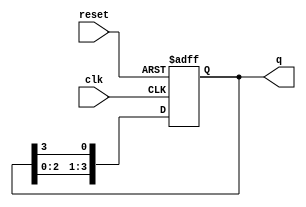
module ring_counter (
    input wire clk,        // Clock input
    input wire reset,      // Reset input
    output reg [3:0] q     // 4-bit output representing the state of the ring counter
);

// Always block triggered on the rising edge of the clock or the reset signal
always @(posedge clk or posedge reset) begin
    if (reset) begin
        // Initialize the counter on reset: Set the first flip-flop to '1' and others to '0'
        q <= 4'b0001; // Initial state: (1, 0, 0, 0)
    end else begin
        // Shift the '1' through the counter
        q <= {q[2:0], q[3]}; // Shift left and wrap around
    end
end

endmodule